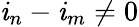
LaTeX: \mathit{i}_{n}-\mathit{i}_{m}\neq0